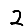
Digit: 2